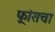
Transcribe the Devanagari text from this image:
फ़्रांसचा